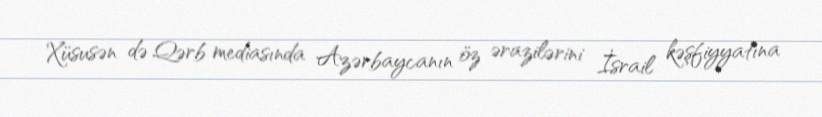
Xüsusən də Qərb mediasında Azərbaycanın öz ərazilərini İsrail kəşfiyyatına